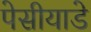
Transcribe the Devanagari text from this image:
पेसीयाडे